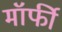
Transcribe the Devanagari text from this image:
मॉर्फी